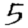
Digit: 5